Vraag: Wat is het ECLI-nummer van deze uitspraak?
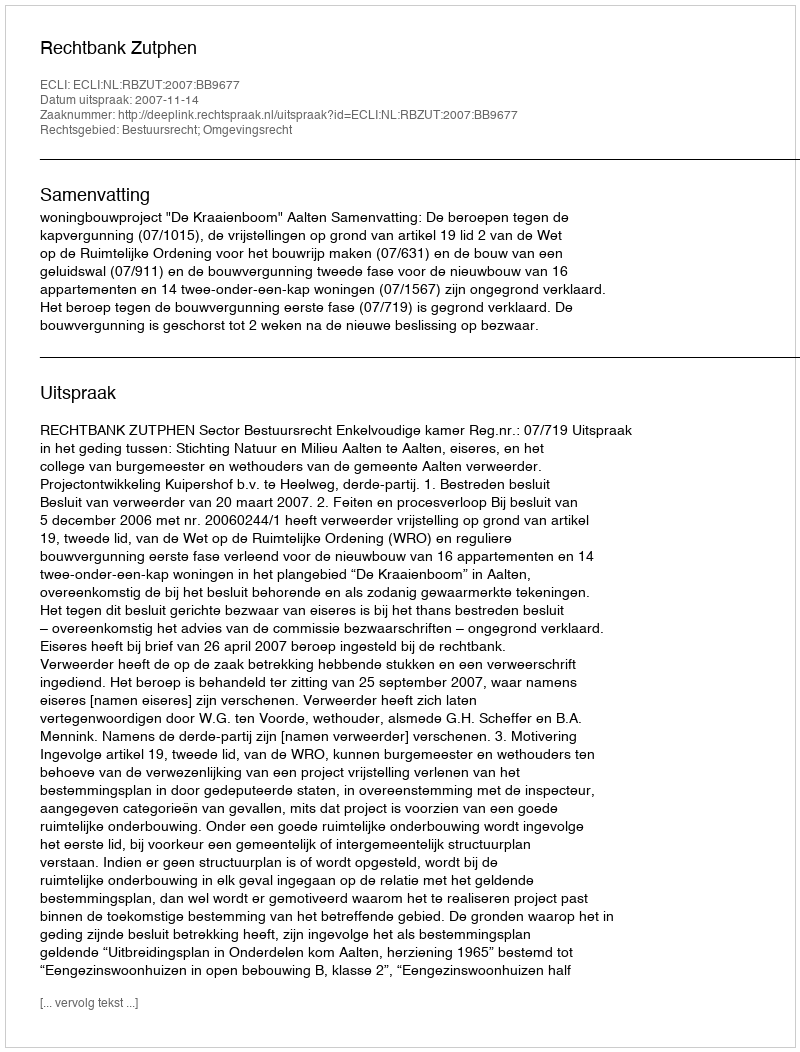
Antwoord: ECLI:NL:RBZUT:2007:BB9677